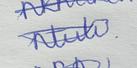
Signature authenticity: genuine